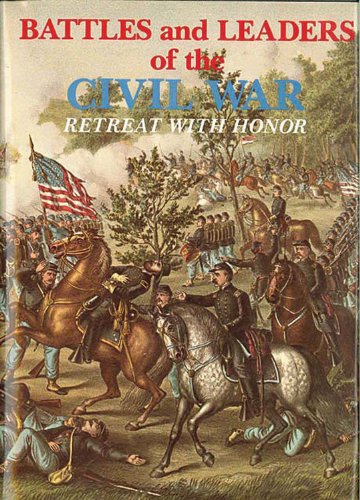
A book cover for Retreat With Honor (Battles & Leaders of the Civil War Vol.4); Reference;